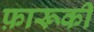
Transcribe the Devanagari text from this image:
फ़ारूकी